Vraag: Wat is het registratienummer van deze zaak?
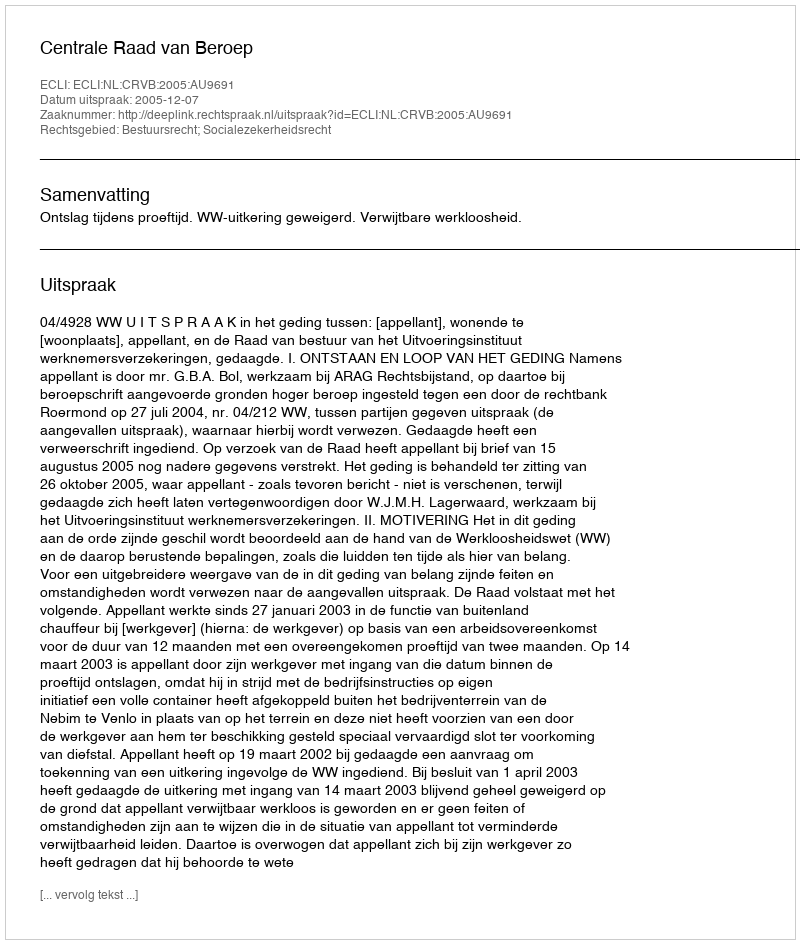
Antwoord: http://deeplink.rechtspraak.nl/uitspraak?id=ECLI:NL:CRVB:2005:AU9691